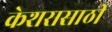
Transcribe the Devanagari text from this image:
केशरासाठी